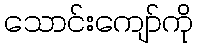
သောင်းကျော်ကို